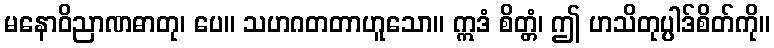
မနောဝိညာဏဓာတု၊ ပေ။ သဟဂတတာဟူသော။ ဣဒံ စိတ္တံ၊ ဤ ဟသိတုပ္ပါဒ်စိတ်ကို။